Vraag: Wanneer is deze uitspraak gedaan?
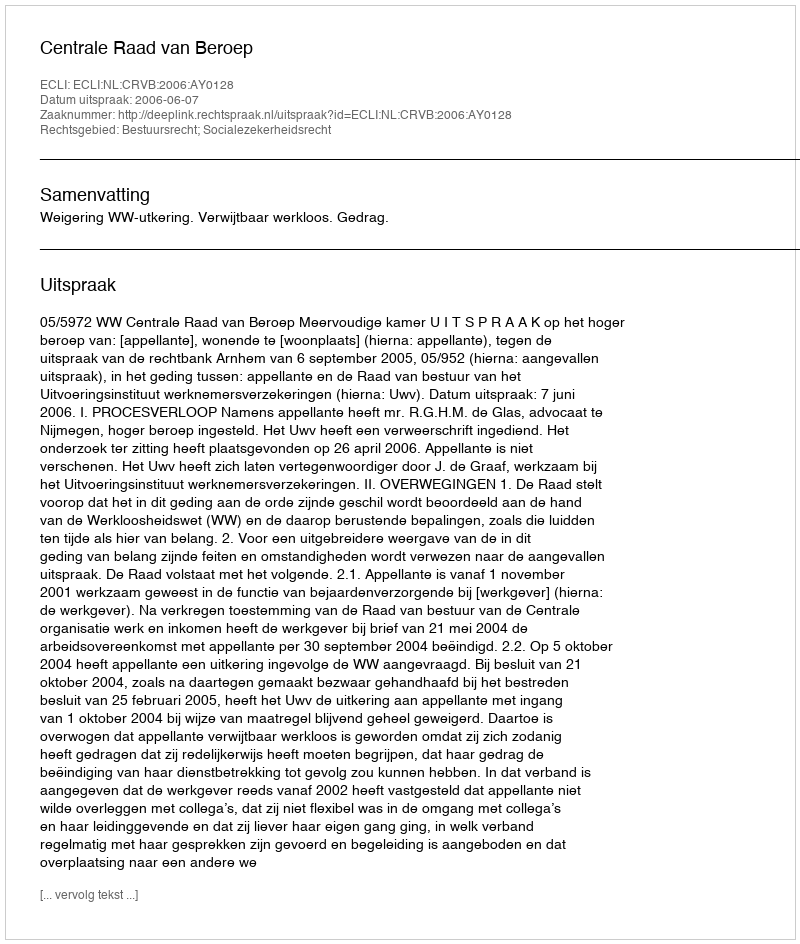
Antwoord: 2006-06-07